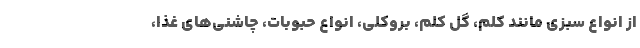
از انواع سبزی مانند کلم، گل کلم، بروکلی، انواع حبوبات، چاشنی‌های غذا،